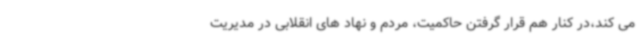
می کند،در کنار هم قرار گرفتن حاکمیت، مردم و نهاد های انقلابی در مدیریت